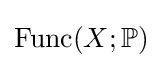
\operatorname {Func} (X;\mathbb {P} )